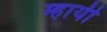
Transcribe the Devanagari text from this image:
म्हायी